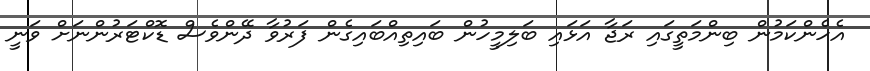
އެހެންކަމުން ބިންމަތީގައި ރަޖާ އަޅައި ބަލިމީހުން ބައިތިއްބައިގެން ފަރުވާ ދޭންވެސް ޑޮކްޓަރުންނަށް ވަނީ